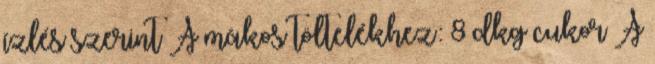
ízlés szerint A mákos töltelékhez: 8 dkg cukor A